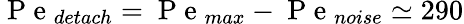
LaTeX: \mathrm{~P~e~}_{detach}=\mathrm{~P~e~}_{max}-\mathrm{~P~e~}_{noise}\simeq 290